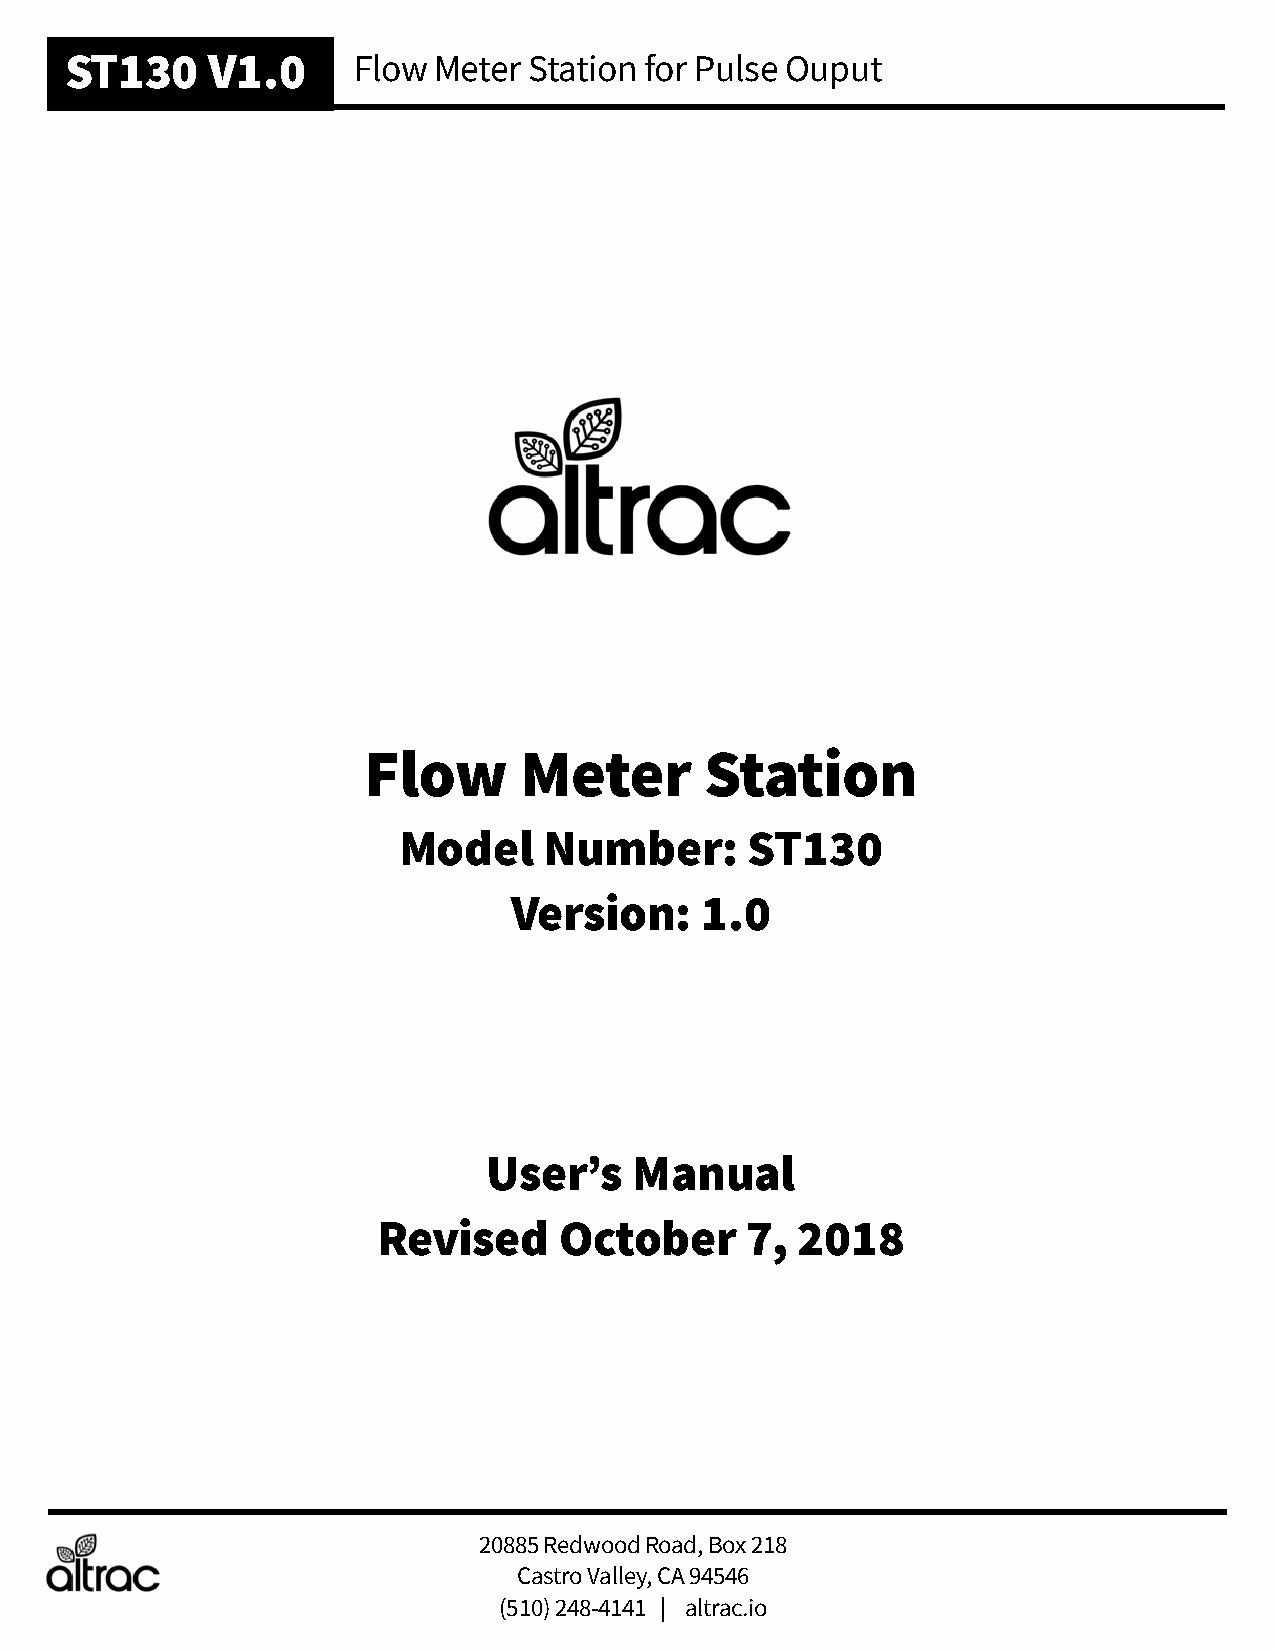
ST130     V1.0     Flow  Meter Station for Pulse Ouput
 Flow      Meter        Station
 Model     Number:       ST130
 Version:    1.0
 User’s    Manual
 Revised     October     7,  2018
 20885 Redwood Road, Box 218
 Castro Valley, CA 94546
 (510) 248-4141 | altrac.io